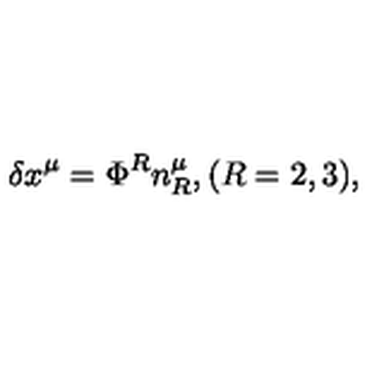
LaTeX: \delta x ^ { \mu } = \Phi ^ { R } n _ { R } ^ { \mu } , ( R = 2 , 3 ) ,